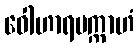
ဝေါဟာရပက္ကာဟံ